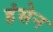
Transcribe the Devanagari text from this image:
हंसेन